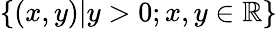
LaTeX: \{ (x,y)|y>0;x,y\in\mathbb{R}\}